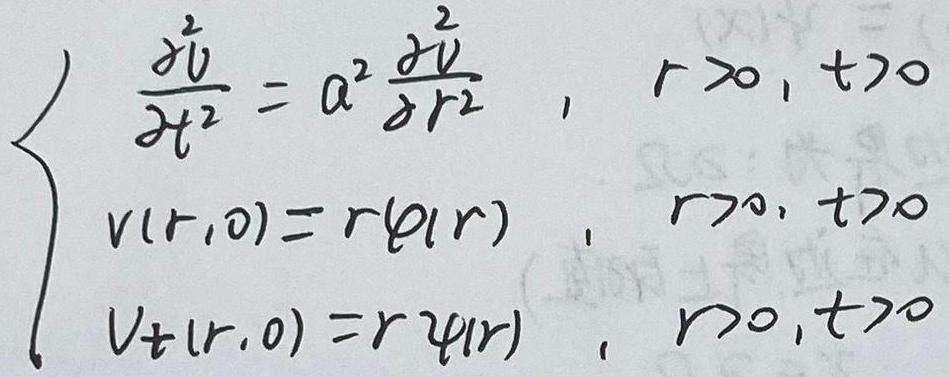
\[
\begin{cases}
\frac{\partial^2 v}{\partial t^2} = a^2 \frac{\partial^2 v}{\partial r^2}, & r > 0, t > 0 \\
v(r,0) = r\varphi(r), & r > 0, t > 0 \\
v_t(r,0) = r\psi(r), & r > 0, t > 0
\end{cases}
\]